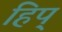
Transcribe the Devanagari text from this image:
हिप्